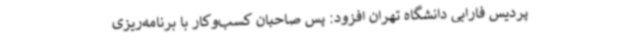
پردیس فارابی دانشگاه تهران افزود: پس صاحبان کسب‌وکار با برنامه‌ریزی